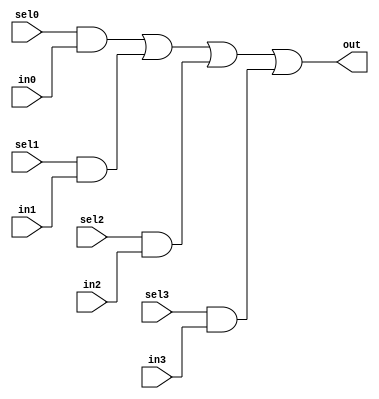
//#############################################################################
//# Function: 4:1 one hot mux                                                 #
//#############################################################################
//# Author:   Andreas Olofsson                                                #
//# License:  MIT (see LICENSE file in OH! repository)                        #
//#############################################################################

module oh_mux4 #(parameter N = 1 ) // width of mux
   (
    input 	   sel3,
    input 	   sel2,
    input 	   sel1,
    input 	   sel0,
    input [N-1:0]  in3,
    input [N-1:0]  in2,
    input [N-1:0]  in1,
    input [N-1:0]  in0,
    output [N-1:0] out  //selected data output
    );

   assign out[N-1:0] = ({(N){sel0}} & in0[N-1:0] |
			{(N){sel1}} & in1[N-1:0] |
			{(N){sel2}} & in2[N-1:0] |
			{(N){sel3}} & in3[N-1:0]);

`ifdef TARGET_SIM
   wire 	    error;
   assign error = (sel0 | sel1 | sel2 | sel3) &
   		  ~(sel0 ^ sel1 ^ sel2 ^ sel3);
   always @ (posedge error)
     begin
	#1 if(error)
	  $display ("ERROR at in oh_mux4 %m at ",$time);
     end
`endif
endmodule // oh_mux4